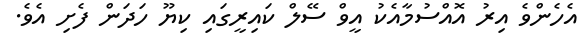
އެހެންވެ އިރު އޮއްސުމާއެކު އީވް ސޭލް ކައިރީގައި ކިޔޫ ހަދަން ފެށި އެވެ.